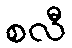
စလီ